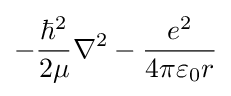
-{\frac {\hbar ^{2}}{2\mu }}\nabla ^{2}-{\frac {e^{2}}{4\pi \varepsilon _{0}r}}